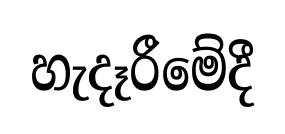
හැදෑරීමේදී